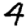
Digit: 4